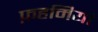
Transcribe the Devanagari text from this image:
फ़हमियां